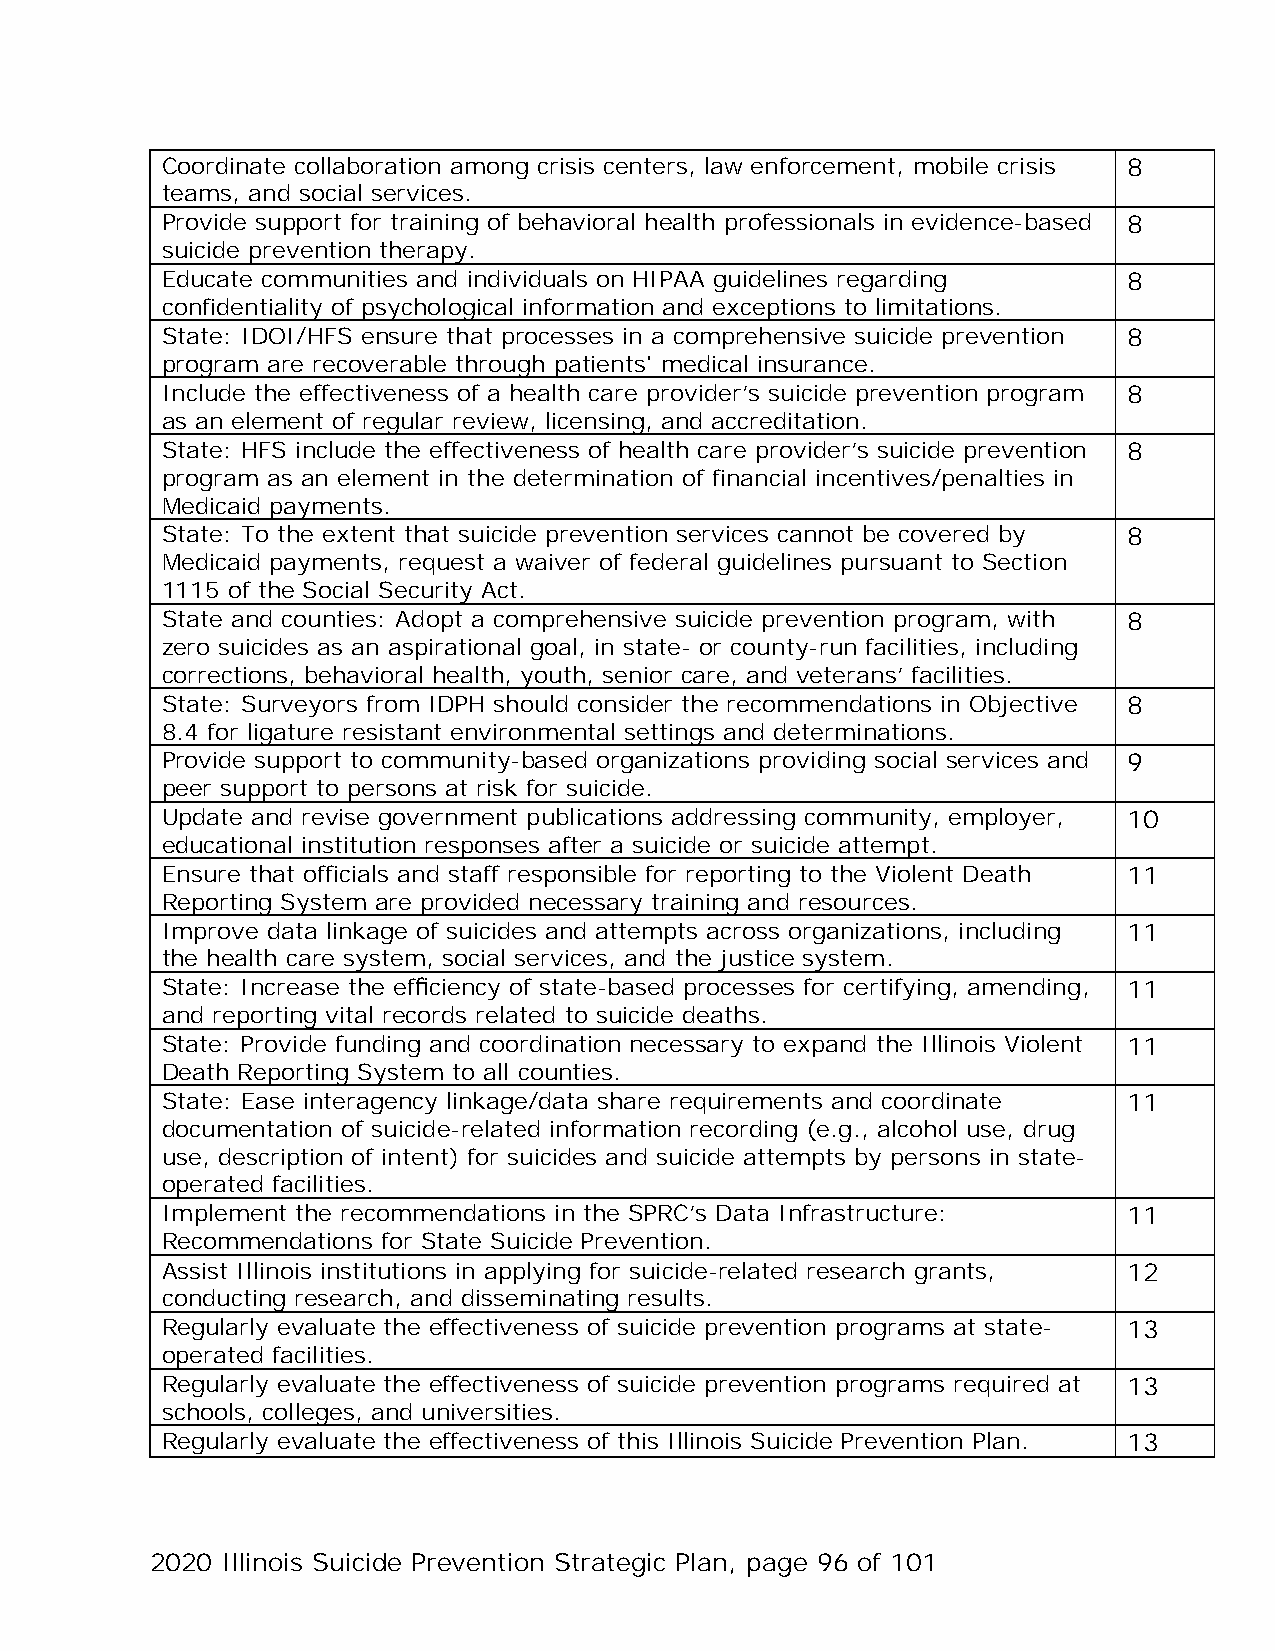
Coordinate collaboration among crisis centers, law enforcement, mobile crisis 8
 teams, and social services.
 Provide support for training of behavioral health professionals in evidence-based 8
 suicide prevention therapy.
 Educate communities and individuals on HIPAA guidelines regarding 8
 confidentiality of psychological information and exceptions to limitations.
 State: IDOI/HFS ensure that processes in a comprehensive suicide prevention 8
 program are recoverable through patients' medical insurance.
 Include the effectiveness of a health care provider’s suicide prevention program 8
 as an element of regular review, licensing, and accreditation.
 State: HFS include the effectiveness of health care provider’s suicide prevention 8
 program as an element in the determination of financial incentives/penalties in
 Medicaid payments.
 State: To the extent that suicide prevention services cannot be covered by 8
 Medicaid payments, request a waiver of federal guidelines pursuant to Section
 1115 of the Social Security Act.
 State and counties: Adopt a comprehensive suicide prevention program, with 8
 zero suicides as an aspirational goal, in state- or county-run facilities, including
 corrections, behavioral health, youth, senior care, and veterans’ facilities.
 State: Surveyors from IDPH should consider the recommendations in Objective 8
 8.4 for ligature resistant environmental settings and determinations.
 Provide support to community-based organizations providing social services and 9
 peer support to persons at risk for suicide.
 Update and revise government publications addressing community, employer, 10
 educational institution responses after a suicide or suicide attempt.
 Ensure that officials and staff responsible for reporting to the Violent Death 11
 Reporting System are provided necessary training and resources.
 Improve data linkage of suicides and attempts across organizations, including 11
 the health care system, social services, and the justice system.
 State: Increase the efficiency of state-based processes for certifying, amending, 11
 and reporting vital records related to suicide deaths.
 State: Provide funding and coordination necessary to expand the Illinois Violent 11
 Death Reporting System to all counties.
 State: Ease interagency linkage/data share requirements and coordinate 11
 documentation of suicide-related information recording (e.g., alcohol use, drug
 use, description of intent) for suicides and suicide attempts by persons in state-
 operated facilities.
 Implement the recommendations in the SPRC’s Data Infrastructure: 11
 Recommendations for State Suicide Prevention.
 Assist Illinois institutions in applying for suicide-related research grants, 12
 conducting research, and disseminating results.
 Regularly evaluate the effectiveness of suicide prevention programs at state- 13
 operated facilities.
 Regularly evaluate the effectiveness of suicide prevention programs required at 13
 schools, colleges, and universities.
 Regularly evaluate the effectiveness of this Illinois Suicide Prevention Plan. 13
 2020 Illinois Suicide Prevention Strategic Plan, page 96 of 101